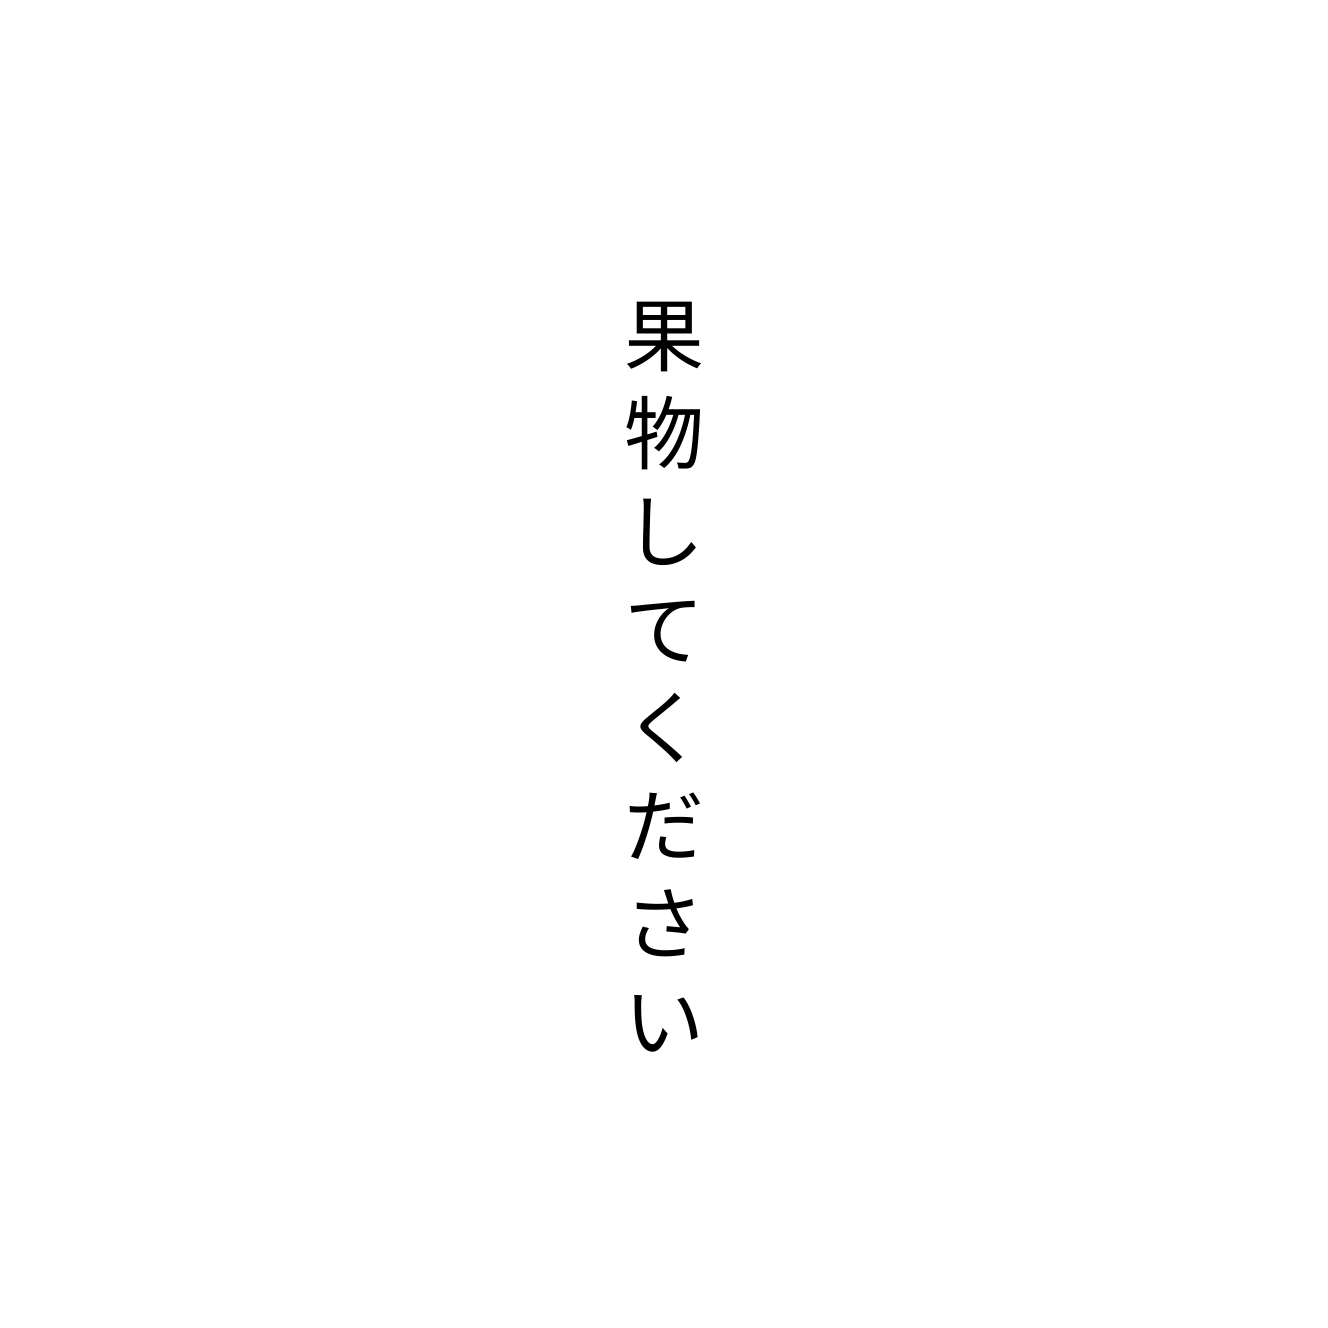
果物してください